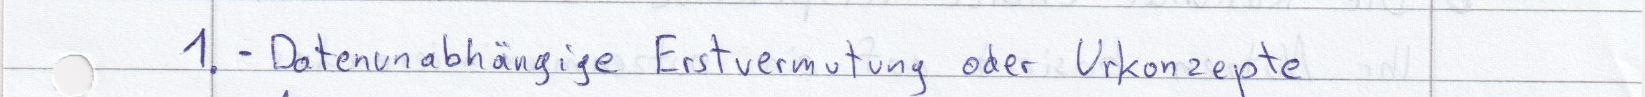
1. - Datenunabhängige Erstvermutung oder Urkonzepte